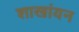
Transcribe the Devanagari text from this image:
शाखांयन